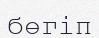
бөгіп